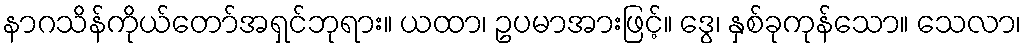
နာဂသိန်ကိုယ်တော်အရှင်ဘုရား။ ယထာ၊ ဥပမာအားဖြင့်။ ဒွေ၊ နှစ်ခုကုန်သော။ သေလာ၊